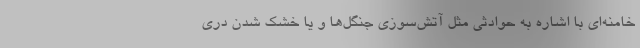
خامنه‌ای با اشاره به حوادثی مثل آتش‌سوزی جنگل‌ها و یا خشک شدن دری